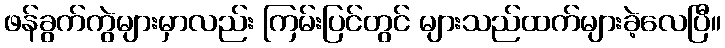
ဖန်ခွက်ကွဲများမှာလည်း ကြမ်းပြင်တွင် များသည်ထက်များခဲ့လေပြီ။